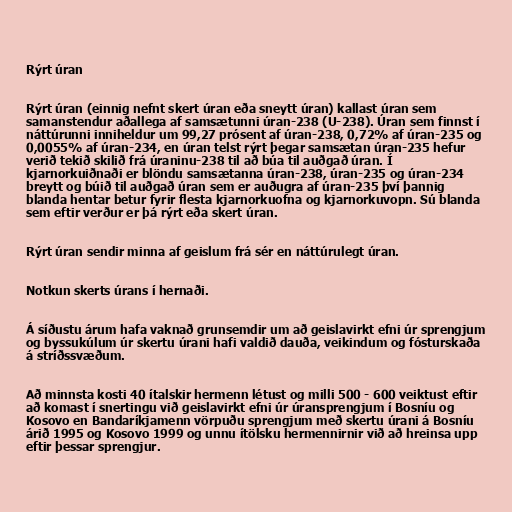
Rýrt úran

Rýrt úran (einnig nefnt skert úran eða sneytt úran) kallast úran sem
samanstendur aðallega af samsætunni úran-238 (U-238). Úran sem finnst í
náttúrunni inniheldur um 99,27 prósent af úran-238, 0,72% af úran-235 og
0,0055% af úran-234, en úran telst rýrt þegar samsætan úran-235 hefur
verið tekið skilið frá úraninu-238 til að búa til auðgað úran. Í
kjarnorkuiðnaði er blöndu samsætanna úran-238, úran-235 og úran-234
breytt og búið til auðgað úran sem er auðugra af úran-235 því þannig
blanda hentar betur fyrir flesta kjarnorkuofna og kjarnorkuvopn. Sú blanda
sem eftir verður er þá rýrt eða skert úran.

Rýrt úran sendir minna af geislum frá sér en náttúrulegt úran.

Notkun skerts úrans í hernaði.

Á síðustu árum hafa vaknað grunsemdir um að geislavirkt efni úr sprengjum
og byssukúlum úr skertu úrani hafi valdið dauða, veikindum og fósturskaða
á stríðssvæðum.

Að minnsta kosti 40 ítalskir hermenn létust og milli 500 - 600 veiktust eftir
að komast í snertingu við geislavirkt efni úr úransprengjum í Bosníu og
Kosovo en Bandaríkjamenn vörpuðu sprengjum með skertu úrani á Bosníu
árið 1995 og Kosovo 1999 og unnu ítölsku hermennirnir við að hreinsa upp
eftir þessar sprengjur.